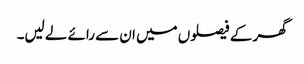
گھر کے فیصلوں میں ان سے رائے لے لیں۔